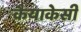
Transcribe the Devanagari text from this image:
कैयाकेसी